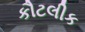
કૌટલીક